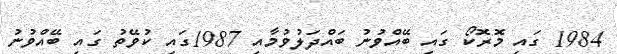
1984 ގައި މޮރޮކޯ ގައި ބޭއްވުނު ބައްދަލުވުމާއި 1987ގައި ކުވޭތު ގައި ބޭއްވުނު